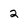
Character: 2